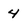
Character: 4